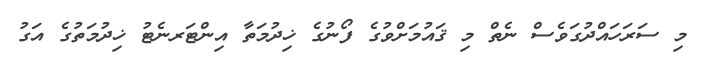
މި ސަރަހައްދުގަވެސް ނެތް މި ޤައުމަށްވުގެ ފޯނުގެ ޚިދުމަތާ އިންޓަރނެޓު ޚިދުމަތުގެ އަގު